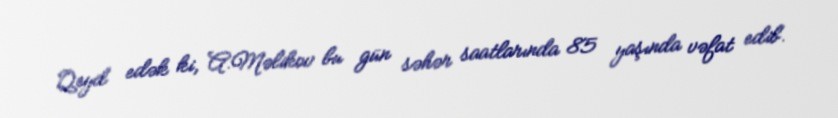
Qeyd edək ki, A.Məlikov bu gün səhər saatlarında 85 yaşında vəfat edib.